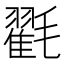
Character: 𭯪